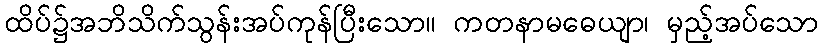
ထိပ်၌အဘိသိက်သွန်းအပ်ကုန်ပြီးသော။ ကတနာမဓေယျာ၊ မှည့်အပ်သော